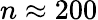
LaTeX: n\approx 200